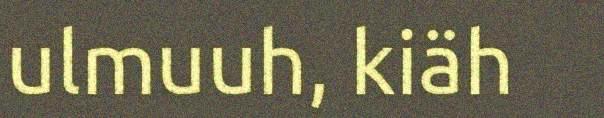
ulmuuh, kiäh